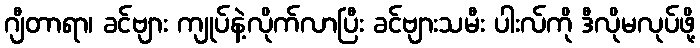
ဂျီတာရာ၊ ခင်ဗျား ကျုပ်နဲ့လိုက်လာပြီး ခင်ဗျားသမီး ပါးလ်ကို ဒီလိုမလုပ်ဖို့